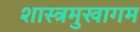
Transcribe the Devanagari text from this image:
शास्त्रमुखागम